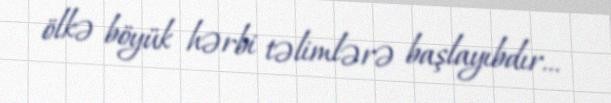
ölkə böyük hərbi təlimlərə başlayıbdır...